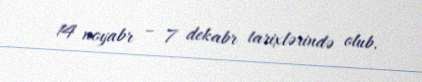
14 noyabr – 7 dekabr tarixlərində olub.